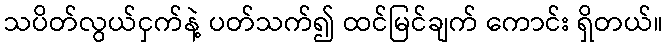
သပိတ်လွယ်ငှက်နဲ့ ပတ်သက်၍ ထင်မြင်ချက် ကောင်း ရှိတယ်။